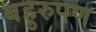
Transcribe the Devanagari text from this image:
बहुरुपण